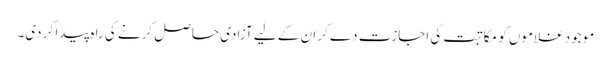
موجود غلاموں کو مکاتبت کی اجازت دے کر ان کے لیے آزادی حاصل کرنے کی راہ پیدا کر دی۔